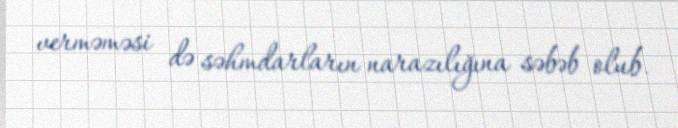
verməməsi də səhmdarların narazılığına səbəb olub.